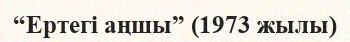
“Ертегі аңшы” (1973 жылы)